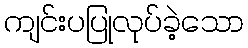
ကျင်းပပြုလုပ်ခဲ့သော